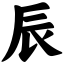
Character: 辰